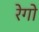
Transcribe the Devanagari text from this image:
रेगो